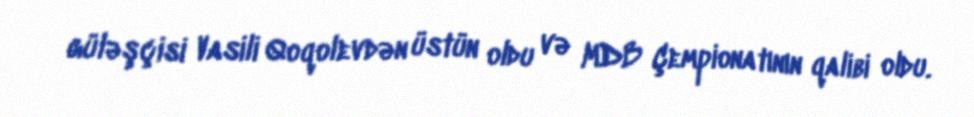
güləşçisi Vasili Qoqolevdən üstün oldu və MDB Çempionatının qalibi oldu.